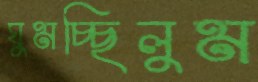
ঘুমচ্ছিলুম